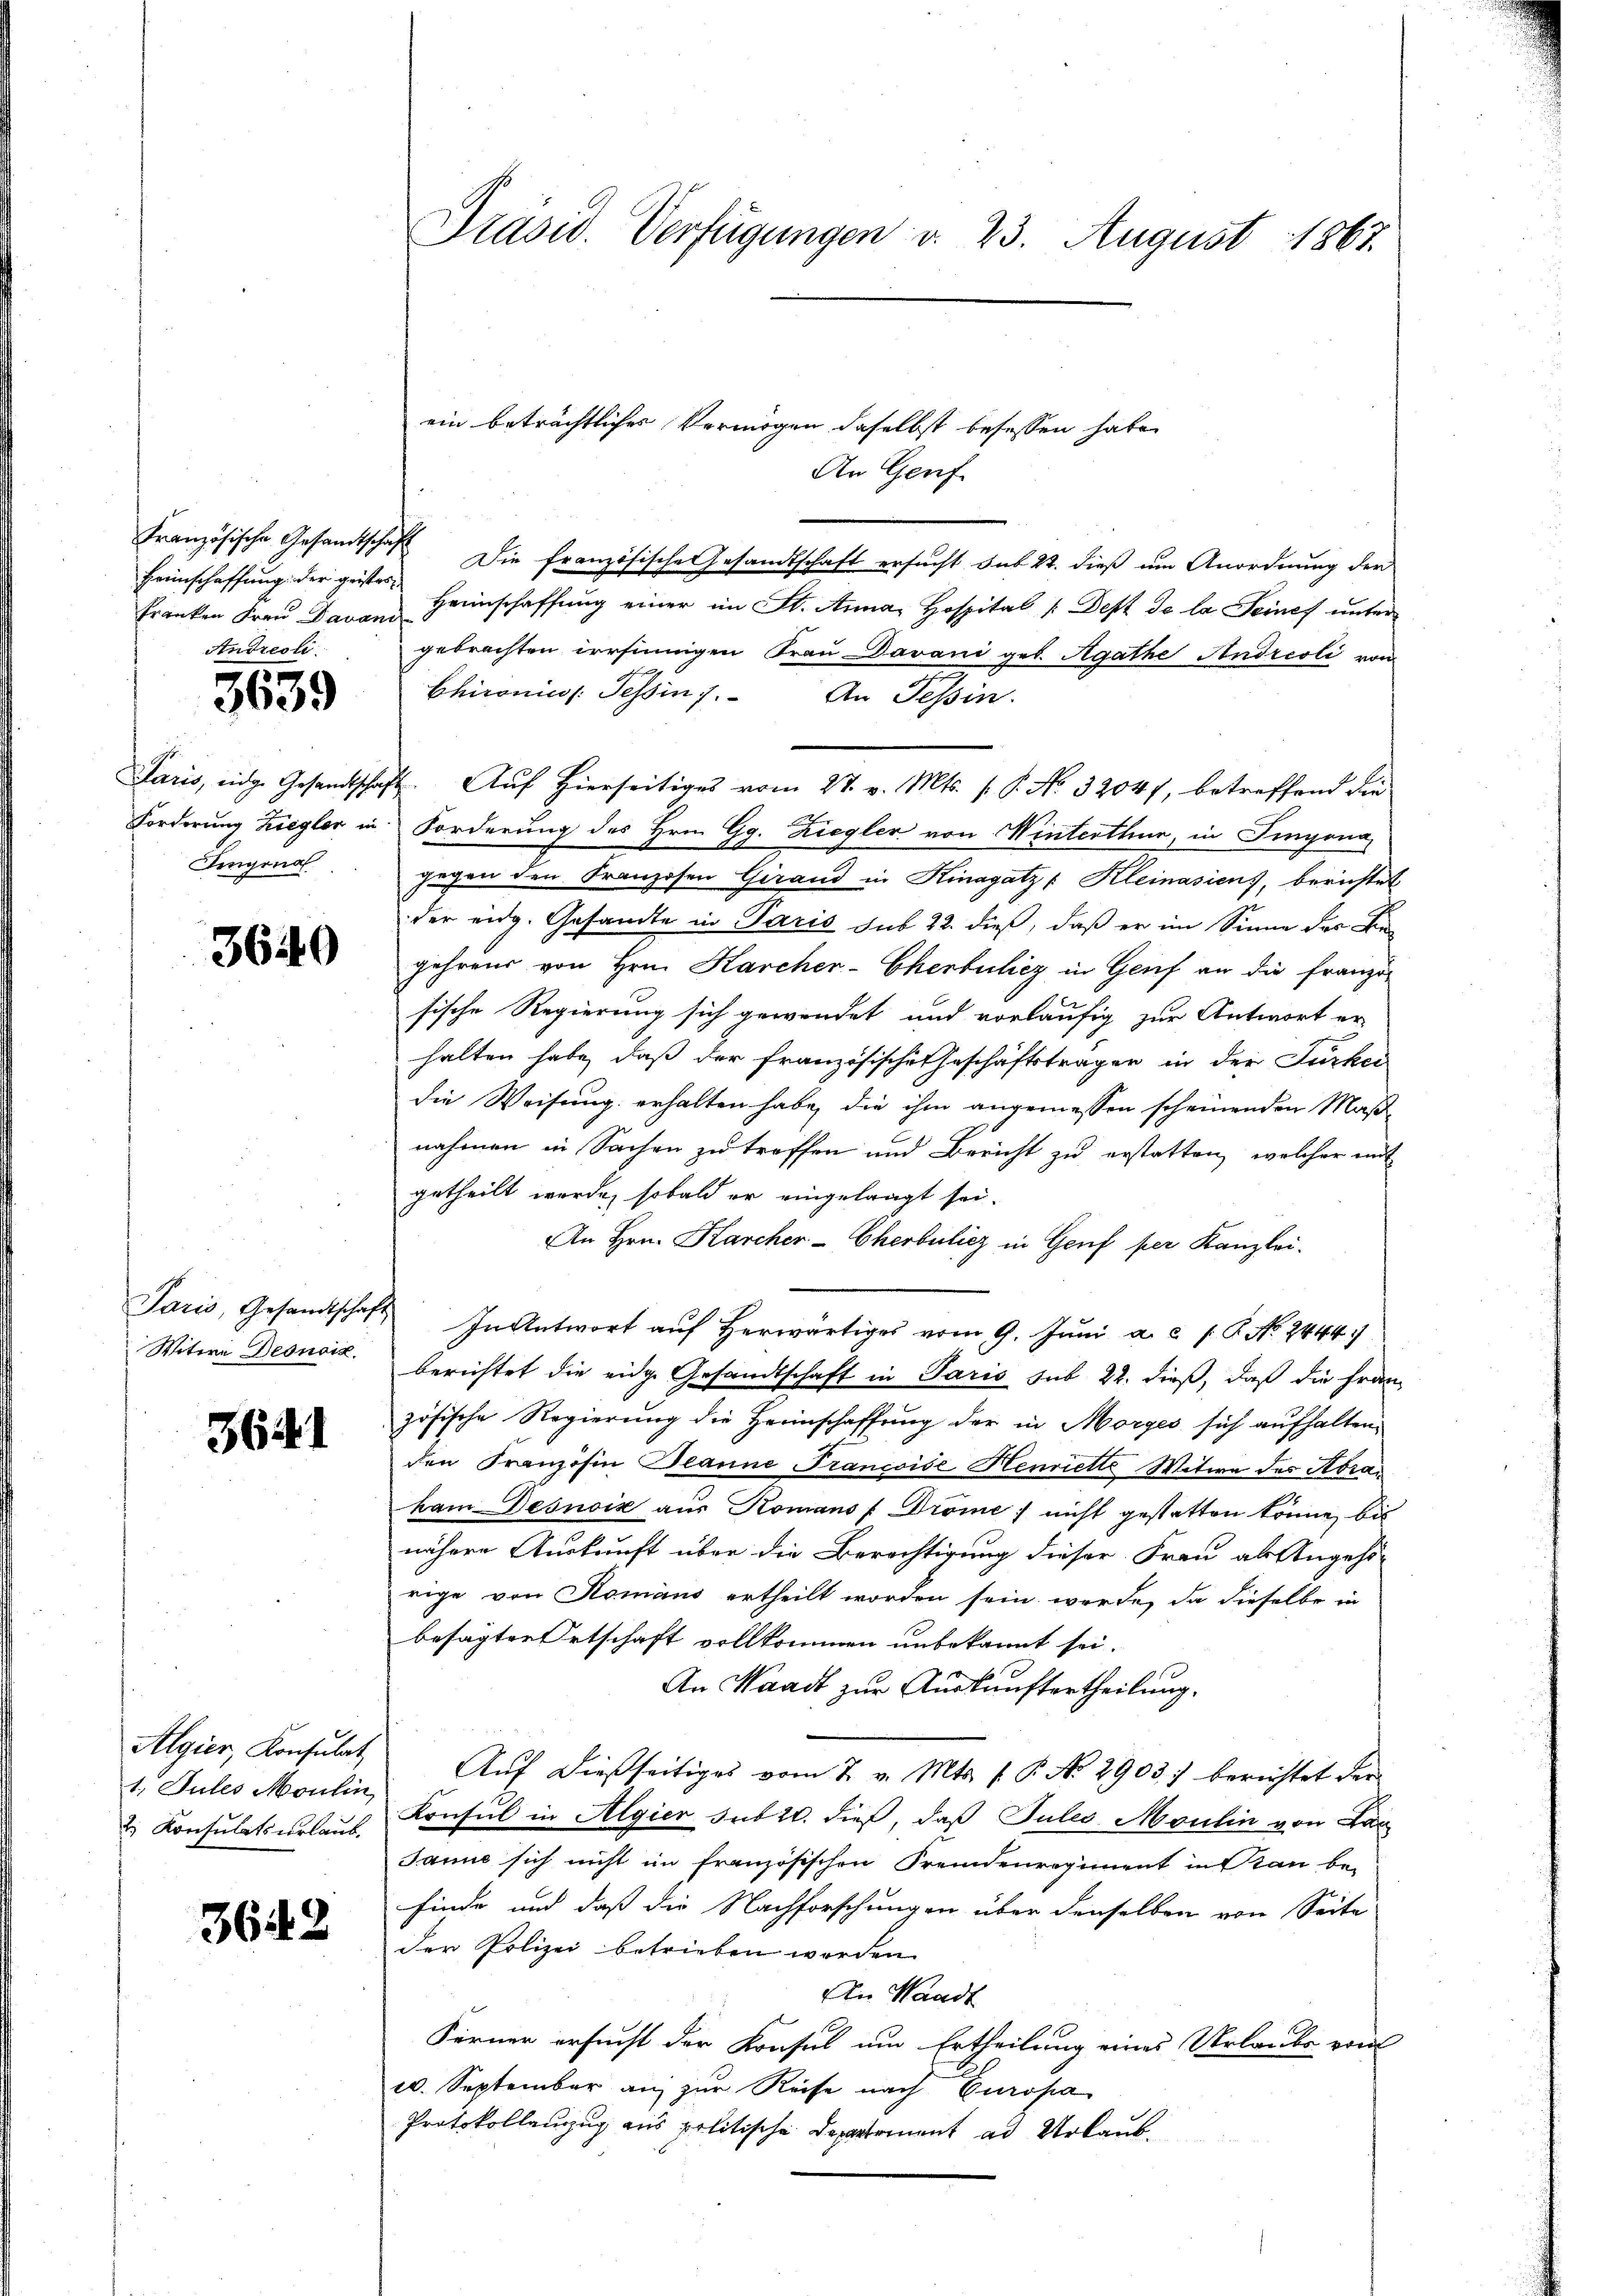
Heinschaffung der geistes
Andreoli

3639

Fingena

3640

Paris, Gesandtschaft
Witwe Desnoid.

3641

Algier, Konsulat
1. Jules Moulin,
. Konsulatsurlaub.

3642

ein beträchtliches Vermögen daselbst besessen habe.
An Genf
Französische Gesandtschaft die französische Gesandtschaft ersucht sub 22. dieß um Anordnung der
kranken Fraŭ Baron Heinschaffŭng einer im St. Anna Hospital /: Dest de la Seines unter
gebrachten irrsinnigen Frau Davani geb. Agathe Andreoli von
Chironis Tessin. An Tessin.
Paris, eidge Gesandtschaft. Aŭf Hierseitiges vom 27. v. Mts. f. P. No. 32047, betreffend die
Forderung Ziegler in Forderung des Hrn. Gg. Ziegler von Winterthur, in Fingena
gegen den Franzosen Gerand in Hinagatz : Kleinasiens, berichtet
der eidg. Gesandte in Paris sub 22. dieß, daß er im Sinne das Lie
gehrens von Hrn. Karcher-Cherbuliez in Genf an die franzo
sische Regierung sich gewendet und vorläufig zur Antwort er-
halten habe, daß der Französische Geschäftstragen in der Jurkei
die Weisung erhalten habe, die ihm angemessen scheinenden Maß-
nahmen in Sachen zu treffen und Bericht zu erstatten, welcher mit
getheilt werde, sobald er eingelangt sei.
An Hrn. Karcher-Cherbulicz in Genf per Kanzlei-
In Antwort auf herwärtiges vom 9. Juni a. c. P.P. No. 24447
berichtet die eidge Gesandtschaft in Paris sub 22. dieß, daß die Franz
zösische Regierŭng die Heimschaffŭng der in Morges sich aufhalten.
den Franzosen Deanne Francoise Henriette Witwe des Abra
ham Desnoix aus Romans / Dröme ; nicht gestatten könne, bis
nähere Auskunft über die Berechtigung dieser Frau als Angehö-
rige von Romans ertheilt worden sein werde, da dieselbe in
besagten Ortschaft vollkommen unbekannt sei.
An Waadt zur Auskunftertheilung.
Aŭf dießseitiges vom 2. v. Mts. f. P. No 2903. berichtet der
Konsul in Algier sub 20. dieß, daß Julio Moulin von Lan
Janne sich nicht im französischen Fremdenregiment in Stan be-
finde und daß die Nachforschungen über denselben von Seite
der Polizei betrieben worden.
An Waadt
Ferner ersucht der Konsul um Ertheilung eines Urlaubs voul
c. September an zur Reise nach Europa
Protokollanzug aus politische Departement ad Urlaub¬

Präsid. Verfügungen v. 23. August 1867.